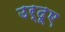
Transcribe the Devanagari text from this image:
उर्दूए